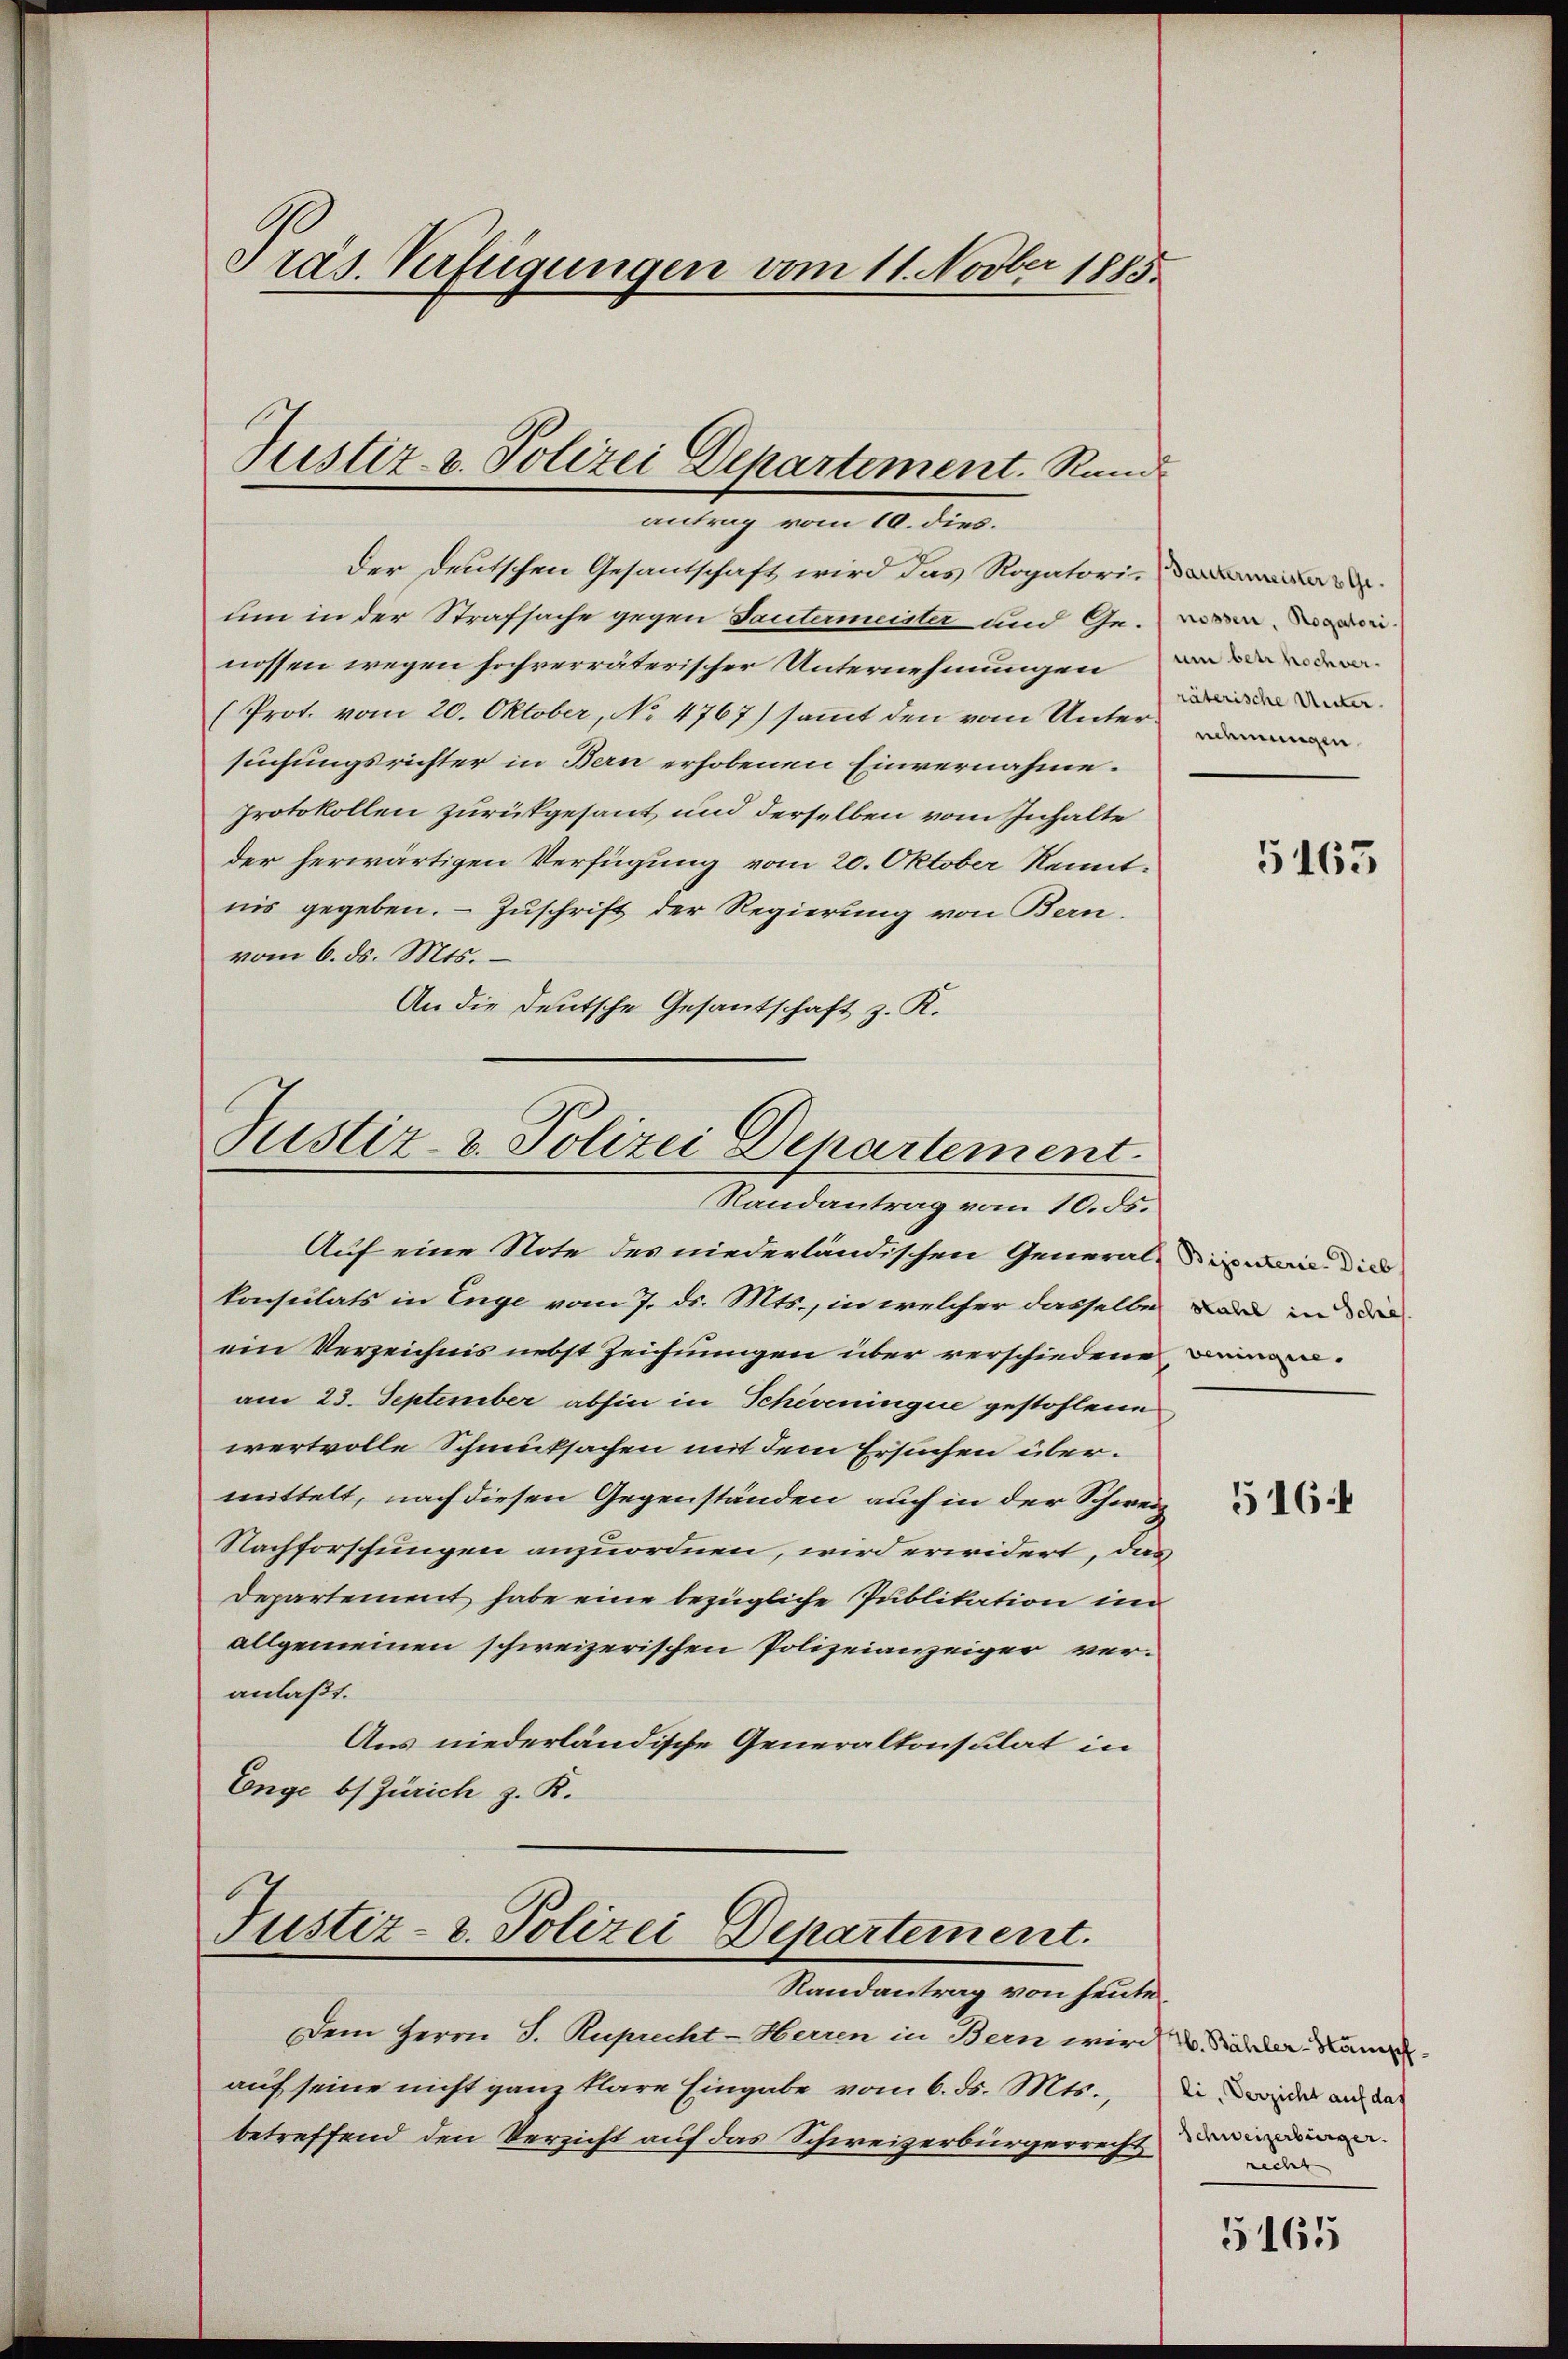
Präs. Verfügungen vom 11. Novber 1885.

Der Deutschen Gesantschaft wird das Rogatori
um in der Strafsache gegen Tantermeister und Ge-
nossen wegen hochverräterischer Unternehmungen
(Prot. vom 20. Oktober, No 4767) sammt den vom Unter-
suchungsrichter in Bern erhobenen Einvernahme.
Protokollen zurükgesant und derselben vom Inhalte
der herwärtigen Verfügung vom 20. Oktober Kenntnis gegeben. – Zuschrift der Regierung von Bern.
vom 6. ds. Mts.
An die Deutsche Gesantschaft z. K.

Justiz- u. Polizei Departement. Rand
antrag vom 10. dies.

Justiz- & Polizei Departement
Randantrag vom 10. ds.

Auf eine Note des niederländischen Generalis wir die
konsulats in Enge vom 7. ds. Mts., in welcher dasselbe
ein Verzeichnis nebst Zeichnungen über verschiedene
am 23. September abhin in Scheveningue gestohlene
wertvolle Schmucksachen mit dem Ersuchen übermittelt, nach diesen Gegenständen auch in der Schweiz
Nachforschungen anzuordnen, wird erwidert, das
Departement habe eine bezügliche Publikation im
allgemeinen schweizerischen Polizeianzeiger veranlaßt.
Aus niederländische Generaltonsulat in
Enge b Zürich z. R.

Justiz- & Polizei Departement.

Randantrag von heute
Dem Herrn J. Ruprecht-Herren in Bern wird der Kan
auf seine nicht ganz klare Eingabe vom 6. ds. Mts.,
betreffend den Verzicht auf das Schweizerbürgerrecht einen

räterische Unter.

5163

Stahel in Schef.
weningen.

516:

li, Verzicht auf das
recht

5165